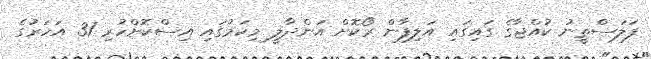
ފަލަސްތީނު ކުއްޖާގެ ގައިގައި އަލިފާން ރޯކޮށް އަންދާލީ މިކަމުގައި އިސްކޮށްހުރި 31 އަހަރުގެ